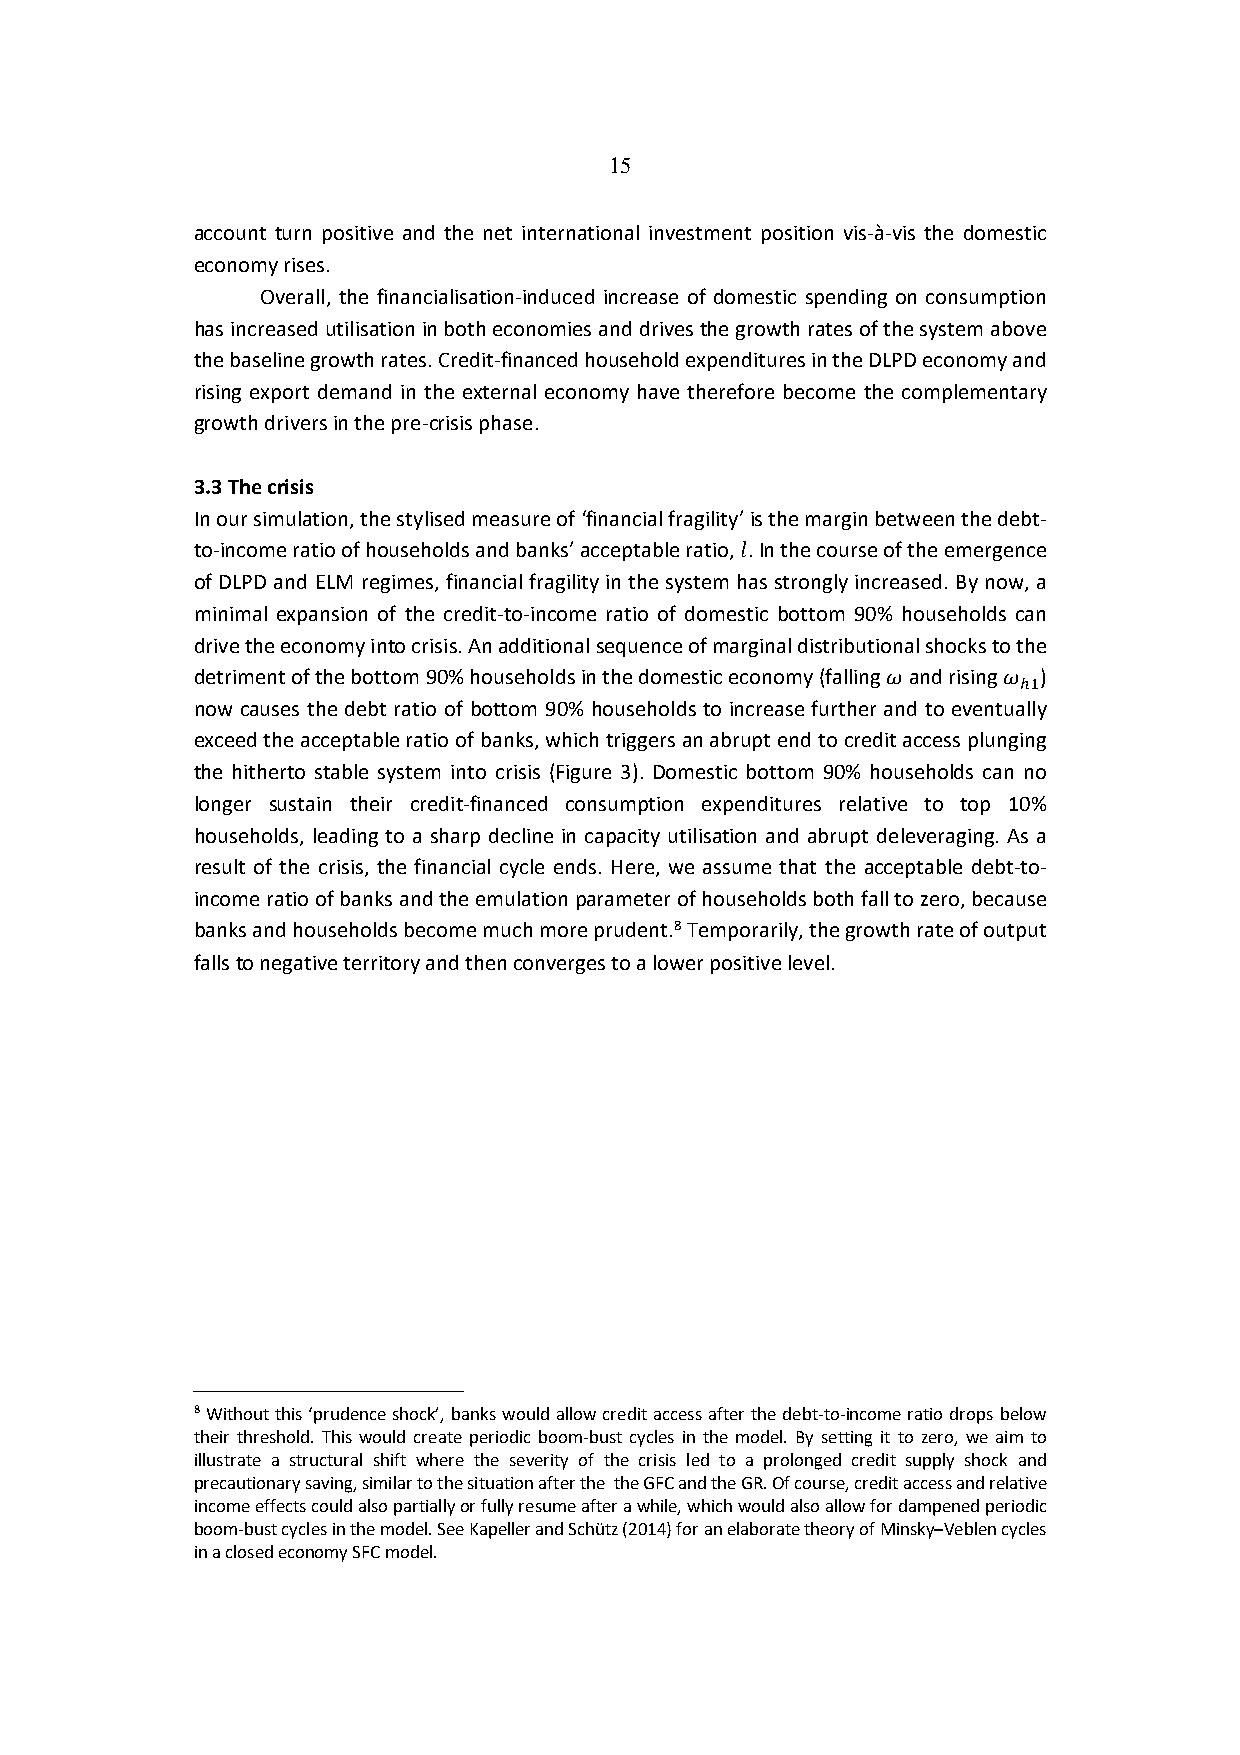
15
 account turn positive and the net international investment position vis-à-vis the domestic
 economy rises.
 Overall, the financialisation-induced increase of domestic spending on consumption
 has increased utilisation in both economies and drives the growth rates of the system above
 the baseline growth rates. Credit-financed household expenditures in the DLPD economy and
 rising export demand in the external economy have therefore become the complementary
 growth drivers in the pre-crisis phase.
 3.3 The crisis
 In our simulation, the stylised measure of ‘financial fragility’ is the margin between the debt-
 to-income ratio of households and banks’ acceptable ratio, '. In the course of the emergence
 of DLPD and ELM regimes, financial fragility in the system has strongly increased. By now, a
 minimal expansion of the credit-to-income ratio of domestic bottom 90% households can
 drive the economy into crisis. An additional sequence of marginal distributional shocks to the
 detriment of the bottom 90% households in the domestic economy (falling ( and rising ( )
 !"
 now causes the debt ratio of bottom 90% households to increase further and to eventually
 exceed the acceptable ratio of banks, which triggers an abrupt end to credit access plunging
 the hitherto stable system into crisis (Figure 3). Domestic bottom 90% households can no
 longer sustain their credit-financed consumption expenditures relative to top 10%
 households, leading to a sharp decline in capacity utilisation and abrupt deleveraging. As a
 result of the crisis, the financial cycle ends. Here, we assume that the acceptable debt-to-
 income ratio of banks and the emulation parameter of households both fall to zero, because
 banks and households become much more prudent.8 Temporarily, the growth rate of output
 falls to negative territory and then converges to a lower positive level.
 8 Without this ‘prudence shock’, banks would allow credit access after the debt-to-income ratio drops below
 their threshold. This would create periodic boom-bust cycles in the model. By setting it to zero, we aim to
 illustrate a structural shift where the severity of the crisis led to a prolonged credit supply shock and
 precautionary saving, similar to the situation after the the GFC and the GR. Of course, credit access and relative
 income effects could also partially or fully resume after a while, which would also allow for dampened periodic
 boom-bust cycles in the model. See Kapeller and Schütz (2014) for an elaborate theory of Minsky–Veblen cycles
 in a closed economy SFC model.